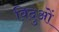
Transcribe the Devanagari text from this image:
विदुओं